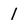
Character: 1